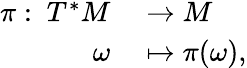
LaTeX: \begin{array}{r}{\begin{array}{rl}{{\pi}:\mathrm{~}T^{*}M}&{{}\to M}\\ {\omega}&{{}\mapsto\pi(\omega),}\end{array}}\end{array}